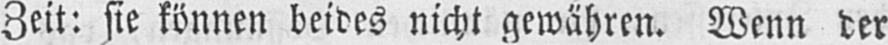
Zeit: sie können beides nicht gewähren. Wenn der